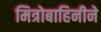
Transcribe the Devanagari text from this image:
मित्रोबाहिनीने